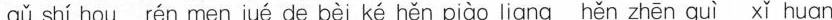
gǔ shí hou rén men jué de bèi ké hěn piào liang hěn zhēn guì xǐ huan